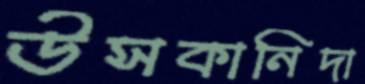
উসকানিদা